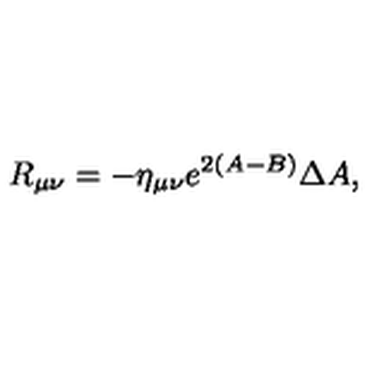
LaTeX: R _ { \mu \nu } = - \eta _ { \mu \nu } e ^ { 2 ( A - B ) } \Delta A ,